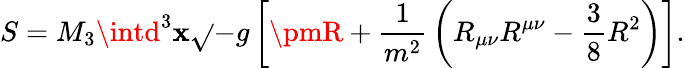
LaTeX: S=M_{3}\intd^{3}\mathbf{x}{\sqrt{}{{-g}}}\left[\pmR+{\frac{{1}}{{m^{2}}}}\left(R_{\mu\nu}R^{\mu\nu}-{\frac{{3}}{{8}}}R^{2}\right)\right].